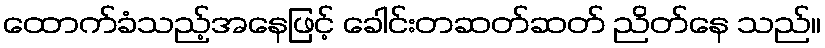
ထောက်ခံသည့်အနေဖြင့် ခေါင်းတဆတ်ဆတ် ညိတ်နေ သည်။